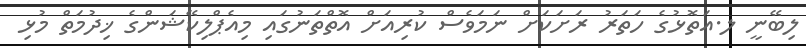
ލިބޭނީ ލ.އަތޮޅުގެ ހަތަރު ރަށަކަށް ނަމަވެސް ކުރިއަށް އޮތްތަނުގައި މިއެޕްލިކޭޝަންގެ ޚިދުމަތް މުޅި